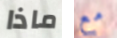
ماذا مع